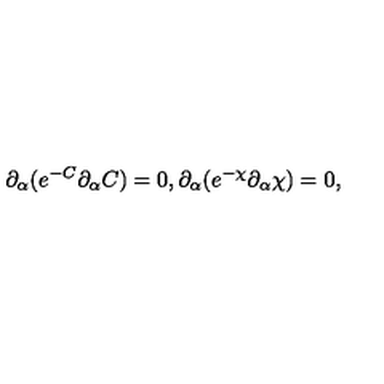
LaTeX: \partial _ { \alpha } ( e ^ { - C } \partial _ { \alpha } C ) = 0 , \partial _ { \alpha } ( e ^ { - \chi } \partial _ { \alpha } \chi ) = 0 ,